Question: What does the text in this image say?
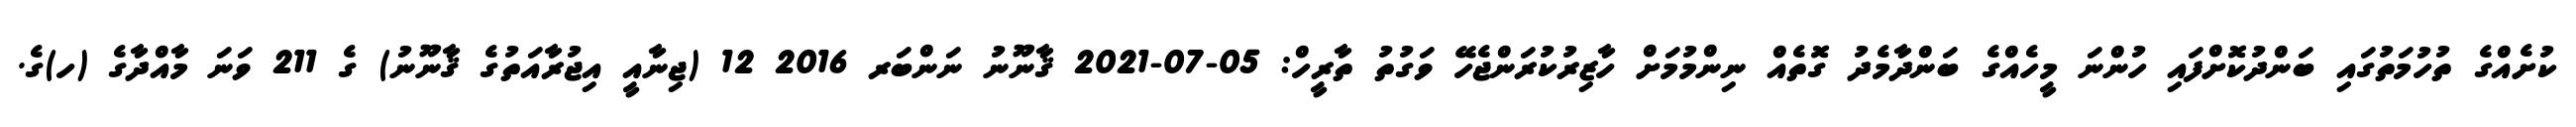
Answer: ކުށެއްގެ ތުހުމަތުގައި ބަންދުކޮށްފައި ހުންނަ މީހެއްގެ ބަންދާމެދު ގޮތެއް ނިންމުމަށް ހާޒިރުކުރަންޖެހޭ ވަގުތު ތާރީހް: 05-07-2021 ޤާނޫނު ނަންބަރ 2016 12 (ޖިނާއީ އިޖުރާއަތުގެ ޤާނޫނު) ގެ 211 ވަނަ މާއްދާގެ (ހ)ގެ.